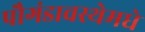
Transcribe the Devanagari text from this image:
पौगंडावस्थेमधे